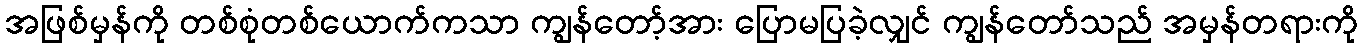
အဖြစ်မှန်ကို တစ်စုံတစ်ယောက်ကသာ ကျွန်တော့်အား ပြောမပြခဲ့လျှင် ကျွန်တော်သည် အမှန်တရားကို